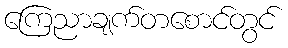
ကြေညာချက်တစောင်တွင်